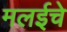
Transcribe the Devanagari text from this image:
मलईचे